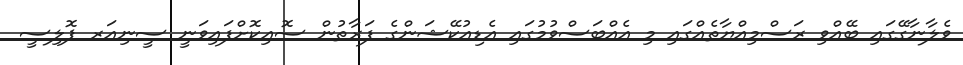
ވެލާނާގޭގައި ބޭއްވި ރަސްމިއްޔާތެއްގައި މި އެއްބަސްވުމުގައި އެޑިއުކޭޝަންގެ ފަރާތުން ސޮއިކޮށްފައިވަނީ ސީނިއަރ ޕޮލިސީ